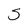
Character: S